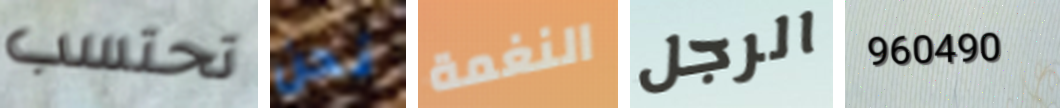
تحتسب نحن النغمة الرجل 960490